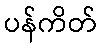
ပန်ကိတ်